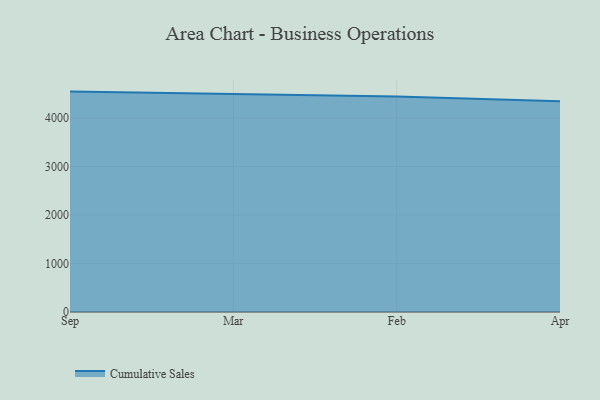
{"axis": {"x": "Month", "y": "Backlog"}, "legend": ["Cumulative Sales"], "data": [{"x": "Sep", "y": 4543.1, "type": "Cumulative Sales"}, {"x": "Mar", "y": 4495.6, "type": "Cumulative Sales"}, {"x": "Feb", "y": 4442.4, "type": "Cumulative Sales"}, {"x": "Apr", "y": 4342.2, "type": "Cumulative Sales"}]}